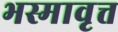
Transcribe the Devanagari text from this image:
भस्मावृत्त